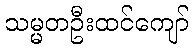
သမ္မတဦးထင်ကျော်